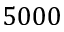
5 0 0 0